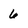
Character: 6